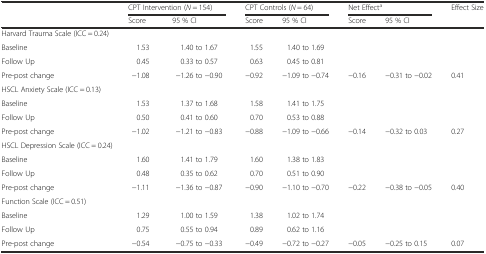
<table><thead><tr><td></td><td colspan="2"><b>CPT Intervention (<i>N</i> = 154)</b></td><td colspan="2"><b>CPT Controls (<i>N</i> = 64)</b></td><td colspan="2"><b>Net Effect<sup>a</sup></b></td><td><b>Effect Size</b></td></tr><tr><td></td><td><b>Score</b></td><td><b>95 % CI</b></td><td><b>Score</b></td><td><b>95 % CI</b></td><td><b>Score</b></td><td><b>95 % CI</b></td><td></td></tr></thead><tbody><tr><td>Harvard Trauma Scale (ICC = 0.24)</td><td></td><td></td><td></td><td></td><td></td><td></td><td></td></tr><tr><td>Baseline</td><td>1.53</td><td>1.40 to 1.67</td><td>1.55</td><td>1.40 to 1.69</td><td></td><td></td><td></td></tr><tr><td>Follow Up</td><td>0.45</td><td>0.33 to 0.57</td><td>0.63</td><td>0.45 to 0.81</td><td></td><td></td><td></td></tr><tr><td>Pre-post change</td><td>−1.08</td><td>−1.26 to −0.90</td><td>−0.92</td><td>−1.09 to −0.74</td><td>−0.16</td><td>−0.31 to −0.02</td><td>0.41</td></tr><tr><td>HSCL Anxiety Scale (ICC = 0.13)</td><td></td><td></td><td></td><td></td><td></td><td></td><td></td></tr><tr><td>Baseline</td><td>1.53</td><td>1.37 to 1.68</td><td>1.58</td><td>1.41 to 1.75</td><td></td><td></td><td></td></tr><tr><td>Follow Up</td><td>0.50</td><td>0.41 to 0.60</td><td>0.70</td><td>0.53 to 0.88</td><td></td><td></td><td></td></tr><tr><td>Pre-post change</td><td>−1.02</td><td>−1.21 to −0.83</td><td>−0.88</td><td>−1.09 to −0.66</td><td>−0.14</td><td>−0.32 to 0.03</td><td>0.27</td></tr><tr><td colspan="2">HSCL Depression Scale (ICC = 0.24)</td><td></td><td></td><td></td><td></td><td></td><td></td></tr><tr><td>Baseline</td><td>1.60</td><td>1.41 to 1.79</td><td>1.60</td><td>1.38 to 1.83</td><td></td><td></td><td></td></tr><tr><td>Follow Up</td><td>0.48</td><td>0.35 to 0.62</td><td>0.70</td><td>0.51 to 0.90</td><td></td><td></td><td></td></tr><tr><td>Pre-post change</td><td>−1.11</td><td>−1.36 to −0.87</td><td>−0.90</td><td>−1.10 to −0.70</td><td>−0.22</td><td>−0.38 to −0.05</td><td>0.40</td></tr><tr><td>Function Scale (ICC = 0.51)</td><td></td><td></td><td></td><td></td><td></td><td></td><td></td></tr><tr><td>Baseline</td><td>1.29</td><td>1.00 to 1.59</td><td>1.38</td><td>1.02 to 1.74</td><td></td><td></td><td></td></tr><tr><td>Follow Up</td><td>0.75</td><td>0.55 to 0.94</td><td>0.89</td><td>0.62 to 1.16</td><td></td><td></td><td></td></tr><tr><td>Pre-post change</td><td>−0.54</td><td>−0.75 to −0.33</td><td>−0.49</td><td>−0.72 to −0.27</td><td>−0.05</td><td>−0.25 to 0.15</td><td>0.07</td></tr></tbody></table>